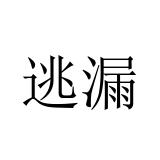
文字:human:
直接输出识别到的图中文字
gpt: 逃漏